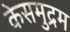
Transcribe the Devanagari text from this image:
केसमुद्रम